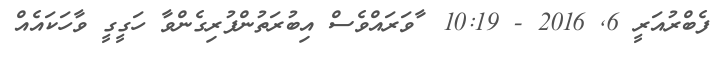
ފެބްރުއަރީ 6